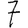
Digit: 7